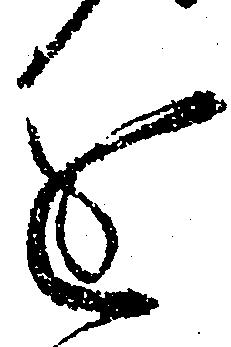
進